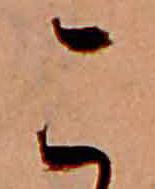
こ